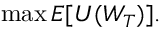
\operatorname* { m a x } E [ U ( W _ { T } ) ] .